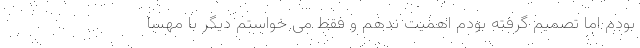
بودم اما تصمیم گرفته بودم اهمیت ندهم و فقط می خواستم دیگر با مهسا